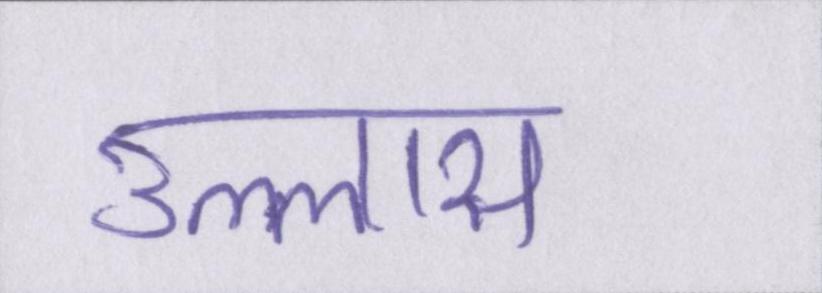
उल्लास